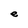
Character: e